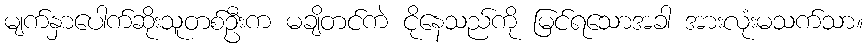
မျက်နှာပေါက်ဆိုးသူတစ်ဦးက မချိတင်ကဲ ငိုနေသည်ကို မြင်ရသောအခါ အားလုံးမသက်သာ။